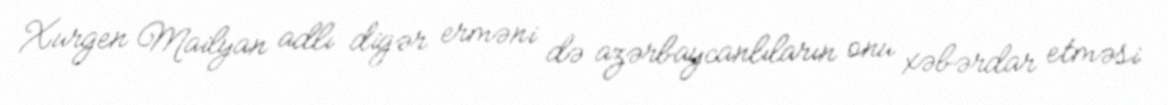
Xurgen Mailyan adlı digər erməni də azərbaycanlıların onu xəbərdar etməsi